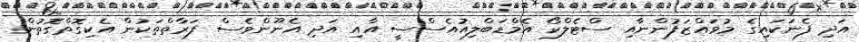
އަދި ފެނަކައިގެ މުވައްޒަފުންނާއި ސްޓެލްކޯ އެމްޑަބްލިއުއެސްސީ އާއި އަދި އެނޫންވެސް ފަރާތްތަކުން އެކިގޮތްގޮތުން